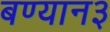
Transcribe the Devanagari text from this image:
बण्यान३